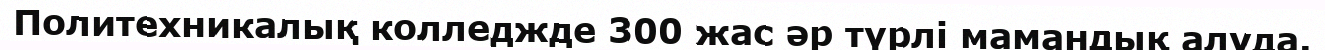
Политехникалық колледжде 300 жас әр түрлі мамандық алуда.